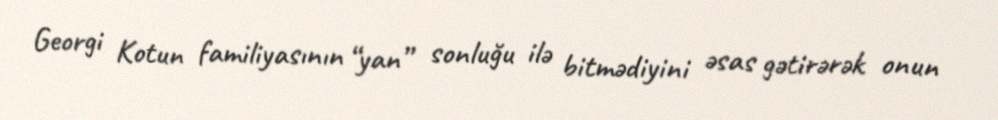
Georgi Kotun familiyasının “yan” sonluğu ilə bitmədiyini əsas gətirərək onun